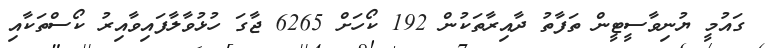
ގައުމީ ޔުނިވާސީޓީން ތަފާތު ދާއިރާތަކުން 192 ކޯހަށް 6265 ޖާގަ ހުޅުވާލާފައިވާއިރު ކޯސްތަކާއި